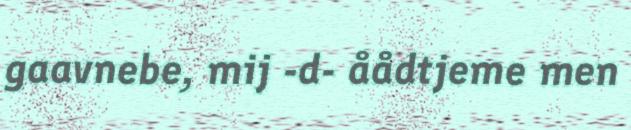
gaavnebe, mij -d- åådtjeme men